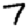
Digit: 7